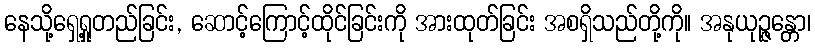
နေသို့ရှေ့ရှုတည်ခြင်း, ဆောင့်ကြောင့်ထိုင်ခြင်းကို အားထုတ်ခြင်း အစရှိသည်တို့ကို။ အနုယုဉ္ဇန္တော၊